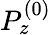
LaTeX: P_{z}^{\left(0\right)}